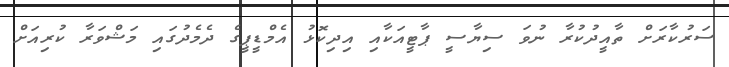
ސަރުކާރަށް ތާއީދުކުރާ ނުވަ ސިޔާސީ ޕާޓީއަކާއި އިދިކޮޅު އެމްޑީޕީގެ ދެމެދުގައި މަޝްވަރާ ކުރިއަށް